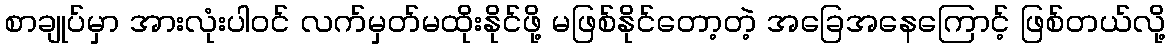
စာချုပ်မှာ အားလုံးပါဝင် လက်မှတ်မထိုးနိုင်ဖို့ မဖြစ်နိုင်တော့တဲ့ အခြေအနေကြောင့် ဖြစ်တယ်လို့